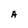
Character: A